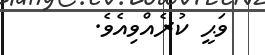
ވަޙީ ކުރެއްވިއެވެ.